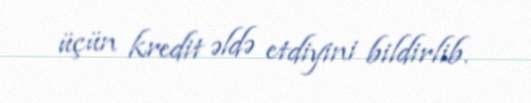
üçün kredit əldə etdiyini bildirlib.